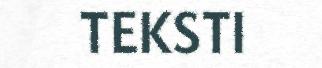
TEKSTI